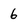
Character: 6